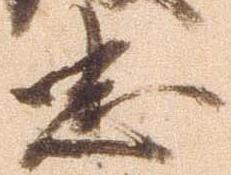
忠